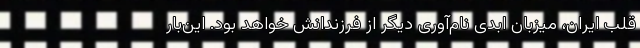
قلب ایران، میزبان ابدی نام‌آوری دیگر از فرزندانش خواهد بود. این‌بار